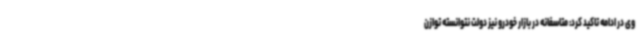
وی در ادامه تاکید کرد: متاسفانه در بازار خودرو نیز دولت نتوانسته توازن